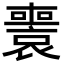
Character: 𡃟